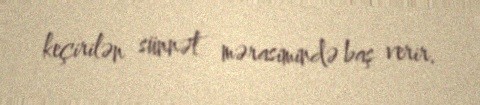
keçirilən sünnət mərasimində baş verir.